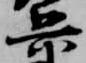
兵